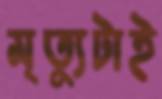
মৃত্যুটাই